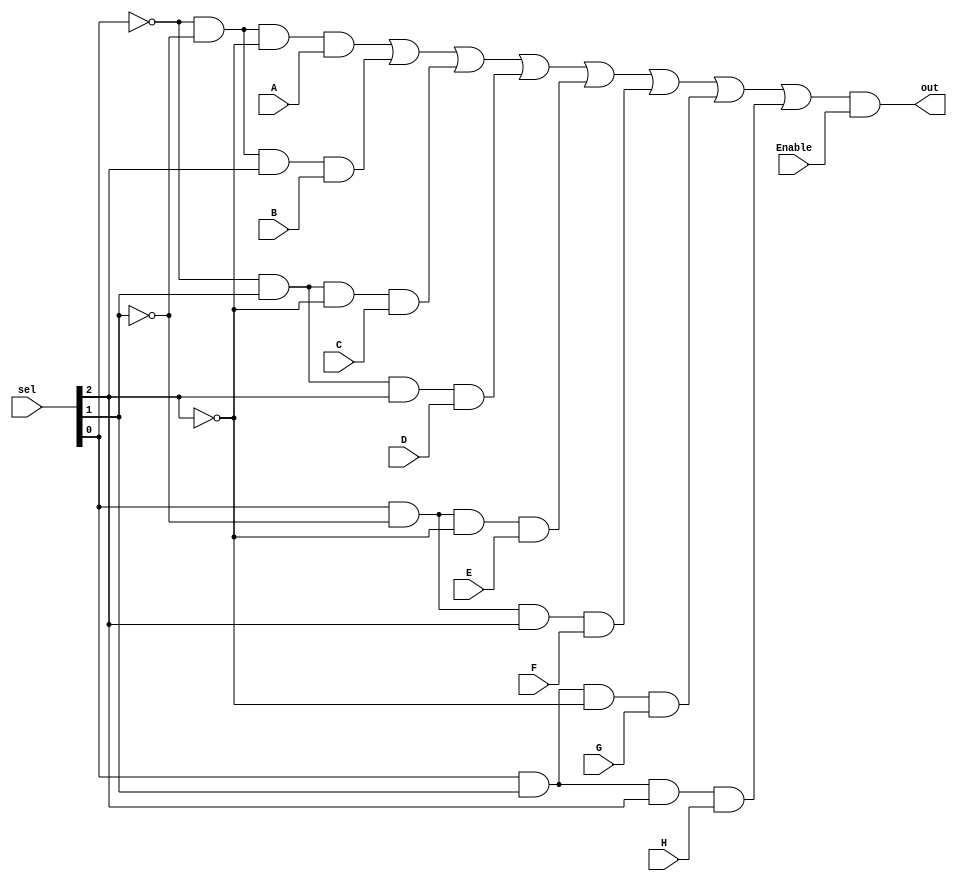
`timescale 1ns / 1ps
//////////////////////////////////////////////////////////////////////////////////
// Company: 
// Engineer: 
// 
// Design Name: 
// Module Name: MUX_8to1
// Project Name: 
// Target Devices: 
// Tool Versions: 
// Description: 
// 
// Dependencies: 
// 
// Revision:
// Revision 0.01 - File Created
// Additional Comments:
// 
//////////////////////////////////////////////////////////////////////////////////


module MUX_8to1(Enable, A, B, C, D, E, F, G, H,  sel, out);

//inputs 
input Enable; 
input A,B,C,D,E,F,G,H;
input [2:0] sel;

//outputs
output out;

//wires
wire [2:0]w;
wire [7:0]o;
wire and_out;

//sel[0]bar
not (w[0],sel[0]);

//sel[1]bar
not (w[1], sel[1]);

//sel[2]nar
not (w[2], sel[2]);


and and0 (o[0], w[0],    w[1],      w[2],      A);
and and1 (o[1], w[0],    w[1],      sel[2],    B);
and and2 (o[2], w[0],    sel[1],    w[2],      C);
and and3 (o[3], w[0],    sel[1],    sel[2],    D);
and and4 (o[4], sel[0],  w[1],      w[2],      E);
and and5 (o[5], sel[0],  w[1],      sel[2],    F);
and and6 (o[6], sel[0],  sel[1],    w[2],      G);
and and7 (o[7], sel[0],  sel[1],    sel[2],    H);

//or all outputs
or (and_out, o[0], o[1], o[2], o[3], o[4], o[5], o[6], o[7]);

//and with enable
and mux_8to1 (out, and_out, Enable);

endmodule